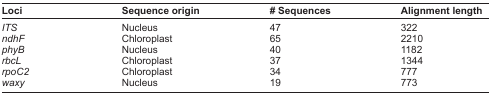
<table><thead><tr><td><b>Loci</b></td><td><b>Sequence origin</b></td><td><b># Sequences</b></td><td><b>Alignment length</b></td></tr></thead><tbody><tr><td><i>ITS</i></td><td>Nucleus</td><td>47</td><td>322</td></tr><tr><td><i>ndhF</i></td><td>Chloroplast</td><td>65</td><td>2210</td></tr><tr><td><i>phyB</i></td><td>Nucleus</td><td>40</td><td>1182</td></tr><tr><td><i>rbcL</i></td><td>Chloroplast</td><td>37</td><td>1344</td></tr><tr><td><i>rpoC2</i></td><td>Chloroplast</td><td>34</td><td>777</td></tr><tr><td><i>waxy</i></td><td>Nucleus</td><td>19</td><td>773</td></tr></tbody></table>